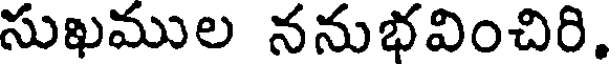
సుఖముల ననుభవించిరి.